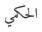
الحكمي